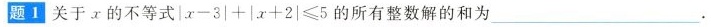
题1关于x的不等式$$|x-3|+|x+2|≤5$$的所有整数解的和为_______________.